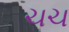
ચચ